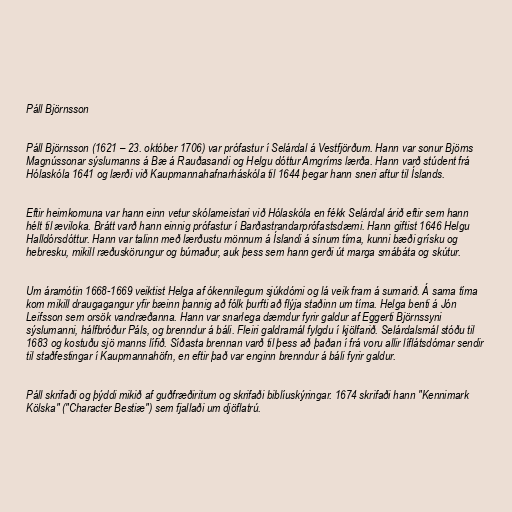
Páll Björnsson

Páll Björnsson (1621 – 23. október 1706) var prófastur í Selárdal á Vestfjörðum. Hann var sonur Björns
Magnússonar sýslumanns á Bæ á Rauðasandi og Helgu dóttur Arngríms lærða. Hann varð stúdent frá
Hólaskóla 1641 og lærði við Kaupmannahafnarháskóla til 1644 þegar hann sneri aftur til Íslands.

Eftir heimkomuna var hann einn vetur skólameistari við Hólaskóla en fékk Selárdal árið eftir sem hann
hélt til æviloka. Brátt varð hann einnig prófastur í Barðastrandarprófastsdæmi. Hann giftist 1646 Helgu
Halldórsdóttur. Hann var talinn með lærðustu mönnum á Íslandi á sínum tíma, kunni bæði grísku og
hebresku, mikill ræðuskörungur og búmaður, auk þess sem hann gerði út marga smábáta og skútur.

Um áramótin 1668-1669 veiktist Helga af ókennilegum sjúkdómi og lá veik fram á sumarið. Á sama tíma
kom mikill draugagangur yfir bæinn þannig að fólk þurfti að flýja staðinn um tíma. Helga benti á Jón
Leifsson sem orsök vandræðanna. Hann var snarlega dæmdur fyrir galdur af Eggerti Björnssyni
sýslumanni, hálfbróður Páls, og brenndur á báli. Fleiri galdramál fylgdu í kjölfarið. Selárdalsmál stóðu til
1683 og kostuðu sjö manns lífið. Síðasta brennan varð til þess að þaðan í frá voru allir líflátsdómar sendir
til staðfestingar í Kaupmannahöfn, en eftir það var enginn brenndur á báli fyrir galdur.

Páll skrifaði og þýddi mikið af guðfræðiritum og skrifaði biblíuskýringar. 1674 skrifaði hann "Kennimark
Kölska" ("Character Bestiæ") sem fjallaði um djöflatrú.